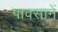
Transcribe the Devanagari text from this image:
पावसानें